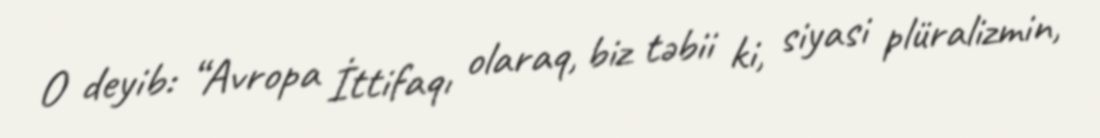
O deyib: “Avropa İttifaqı olaraq, biz təbii ki, siyasi plüralizmin,